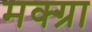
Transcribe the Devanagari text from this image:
मक्ग्रा